Insane asylums Bombay 1873-77 - 1873-1877
Year: 1873
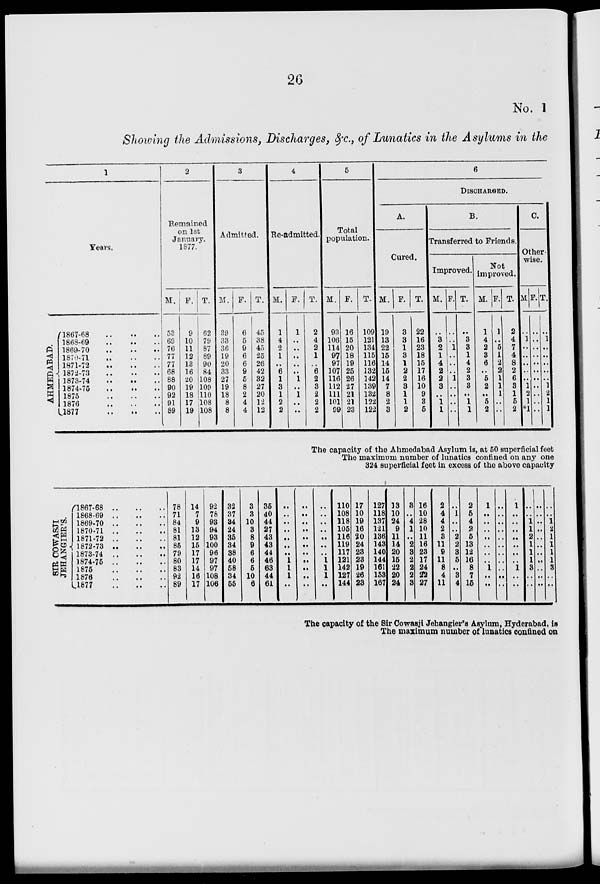
26
No. 1
Showing the Admissions, Discharges, &c., of Lunatics in the Asylums in the
1
Years.
AHMEDABAD.
1867-68
..
..
..
1868-69
..
..
..
1869-70
..
..
..
1870-71
..
..
..
1871-72
..
..
..
1872-73
..
..
..
1873-74
..
..
..
1874-75
..
..
..
1875
..
..
..
1876
..
..
..
1877
..
..
..
2
Remained
on 1st
January.
1877.
M.
53
69
76
77
77
68
88
90
92
91
89
F.
9
10
11
12
13
16
20
19
18
17
19
T.
62
79
87
89
90
84
108
109
110
108
108
3
Admitted.
M.
39
33
36
19
20
33
27
19
18
8
8
F.
6
5
9
6
6
9
5
8
2
4
4
T.
45
38
45
25
26
42
32
27
20
12
12
4
Re-admitted.
M.
1
4
2
1
..
6
1
3
1
2
2
F.
1
..
..
..
..
..
1
..
1
..
..
T.
2
4
2
1
..
6
2
3
2
2
2
5
Total
population.
M.
93
106
114
97
97
107
116
112
111
101
99
F.
16
15
20
18
19
25
26
27
21
21
23
T.
109
121
134
115
116
132
142
139
132
122
122
6
DISCHARGED.
A.
Cured.
M.
19
13
22
15
14
15
14
7
8
2
3
F.
3
3
1
3
1
2
2
3
1
1
2
T.
22
16
23
18
15
17
16
10
9
3
5
B.
Transferred to Friends.
Improved.
M.
..
3
2
1
4
2
2
3
..
1
1
F.
..
..
1
..
..
..
1
..
..
..
..
T.
..
3
3
1
4
2
3
3
..
1
1
Not
improved.
M.
1
4
2
3
6
..
5
2
..
5
2
F.
1
..
5
1
2
2
1
1
1
..
..
T.
2
4
7
4
8
2
6
3
1
5
2
C.
Other-
wise.
M.
..
1
..
..
..
..
..
1
2
1
*1
F.
..
..
..
..
..
..
..
..
..
..
..
T.
..
1
..
..
..
..
..
1
2
1
1
The capacity of the Ahmedabad Asylum is, at 50 superficial feet
The maximum number of lunatics confined on any one
324 superficial feet in excess of the above capacity
SIR COWAS JI
J
EHANGIER'S .
l867-68
..
..
..
1868-69
..
..
..
1869-70
..
..
..
1870-71
..
..
..
1871-72
..
..
..
1872-73
..
..
..
1873-74
..
..
..
1874-75
..
..
..
1875
..
..
..
1876
..
..
..
1877
..
..
..
78
71
84
81
81
85
79
80
83
92
89
14
7
9
13
12
15
17
17
14
16
17
92
78
93
94
93
100
96
97
97
108
106
32
37
34
24
35
34
38
40
58
34
55
3
3
10
3
8
9
6
6
5
10
6
35
40
44
27
43
43
44
46
63
44
61
..
..
..
..
..
..
1 1
1
..
..
..
..
..
..
..
..
..
..
..
..
..
..
..
..
..
1
1
1
..
110
108
118
105
116
119
117
121
142
127
144
17
10
19
16
20
24
23
23
19
26
23
127
118
137
121
136
143
140
144
161
153
167
13
10
24
9
11
14
20
15
22
20
24
3
..
4
1
..
2
3
2
2
2
3
16
10
28
10
11
16
23
17
24
22
27
2
4
4
2
3
11
9
11
8
4
11
..
1
..
..
2
2
3
5
..
3
4
2
5
4
2
5
13
12
16
8
7
15
1
..
..
..
..
..
..
1
..
..
..
..
..
..
..
..
..
..
..
..
1
..
..
..
..
..
..
1
..
..
..
..
1
1
2
1
1
1
3
..
..
..
..
..
..
..
..
..
..
..
..
..
..
1
2
1
1
1
1
3
..
..
The capacity of the Sir Cowasji Jehangier's Asylum, Hyderabad, is
The maximum number of lunatics confined on